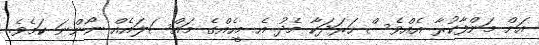
އަށް މަންފާކުރާ އެއްވެސް ހަރަދަކާ މެދު އެ މީހެއްގެ މައްސަލައެއް ނޯންނަ ކަމެވެ.